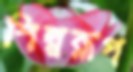
শিল্পরূপ